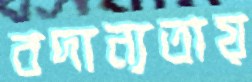
বদান্যতায়